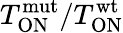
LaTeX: T_{\mathrm{ON}}^{\mathrm{mut}}/T_{\mathrm{ON}}^{\mathrm{wt}}